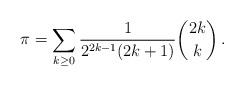
LaTeX: \begin{align*}\pi = \sum_{k\geq 0 } \frac{1}{2^{2k-1}(2k+1) } {\binom{2k}{k}} \,.\end{align*}